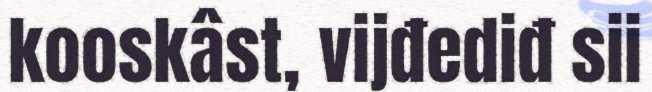
kooskâst, vijđediđ sii